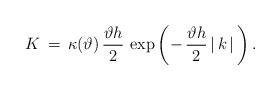
LaTeX: \begin{align*} K\,=\,\kappa(\vartheta)\,\frac{\vartheta h}{2}\,\exp\left(-\,\frac{\vartheta h}{2}\,|\,k\,|\,\right).\end{align*}